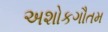
અશોકગૌતમ